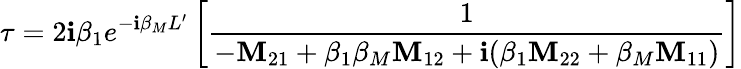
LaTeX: \tau=2\mathbf{i}\beta_{1}e^{-\mathbf{i}\beta_{M}L^{\prime}}\left[\frac{{1}}{{-\texttt{{\textbf{{M}}}}_{21}+\beta_{1}\beta_{M}\texttt{{\textbf{{M}}}}_{12}+\mathbf{i}(\beta_{1}\texttt{{\textbf{{M}}}}_{22}+\beta_{M}\texttt{{\textbf{{M}}}}_{11})}}\right]